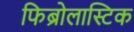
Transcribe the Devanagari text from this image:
फिब्रोलास्टिक